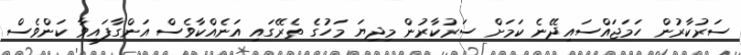
ސަރުކާރުން ހަމަޖައްސައިދޭނެ ކަމަށް ސަރުކާރުން މިދިޔަ މަހުގެ ތެރޭގައި އަނެއްކާވެސް އަންގާފައިވާ ކަންވެސް